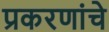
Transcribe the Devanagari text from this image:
प्रकरणांचे